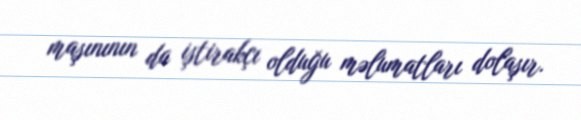
maşınının da iştirakçı olduğu məlumatları dolaşır.